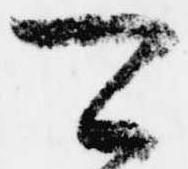
可